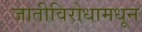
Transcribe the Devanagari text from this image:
जातीविरोधामधून